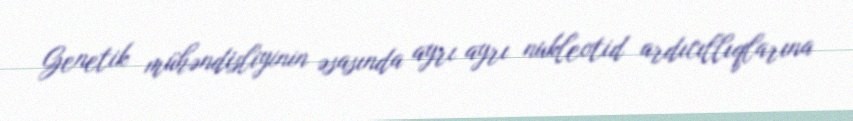
Genetik mühəndisliyinin əsasında ayrı ayrı nukleotid ardıcıllıqlarına